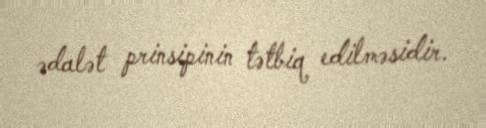
ədalət prinsipinin tətbiq edilməsidir.